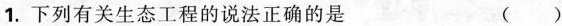
1. 下列有关生态工程的说法正确的是 ()